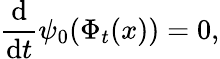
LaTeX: \frac{\mathrm{d}}{\mathrm{d}t}\psi_{0}(\Phi_{t}(x))=0,